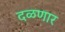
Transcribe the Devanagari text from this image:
दळणार